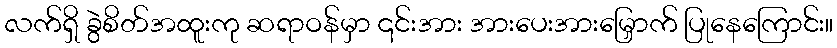
လက်ရှိ ခွဲစိတ်အထူးကု ဆရာဝန်မှာ ၎င်းအား အားပေးအားမြှောက် ပြုနေကြောင်း။